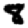
Digit: 8